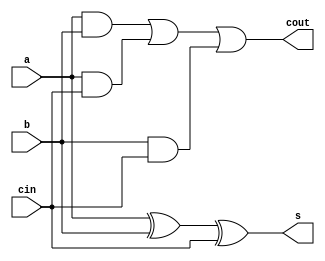
module compressor_3to2 (
    a,
    b,
    cin,
    s,
    cout
);
    // &Ports;
    input         a;
    input         b;
    input         cin;
    output        s;
    output        cout;

    // &Regs;

    // &WIres;
    wire        a;
    wire        b;
    wire        cin;
    wire        s;
    wire        cout;

    assign cout = (a & b) | (a & cin) | (b & cin);
    assign s    = a ^ b ^ cin;
endmodule